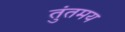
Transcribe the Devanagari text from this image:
तुंतमय